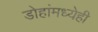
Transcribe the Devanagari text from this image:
डोहांमध्येही